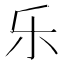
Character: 乐